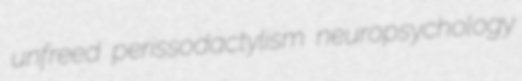
unfreed perissodactylism neuropsychology